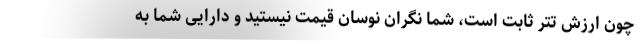
چون ارزش تتر ثابت است، شما نگران نوسان قیمت نیستید و دارایی شما به